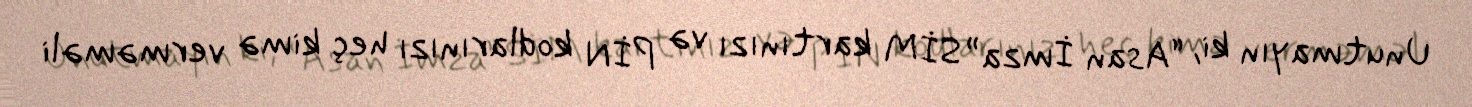
Unutmayın ki, “Asan İmza” SİM kartınızı və PİN kodlarınızı heç kimə verməməli